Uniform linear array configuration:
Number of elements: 8
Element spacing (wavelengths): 0.75
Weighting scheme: kaiser
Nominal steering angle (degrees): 60
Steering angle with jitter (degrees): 58.841
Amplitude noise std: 0.05
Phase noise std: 0.05

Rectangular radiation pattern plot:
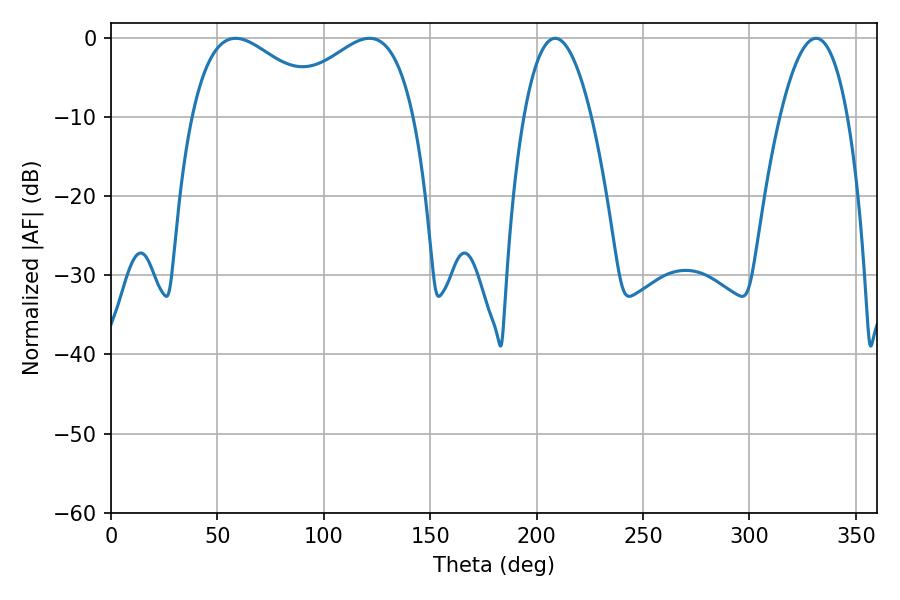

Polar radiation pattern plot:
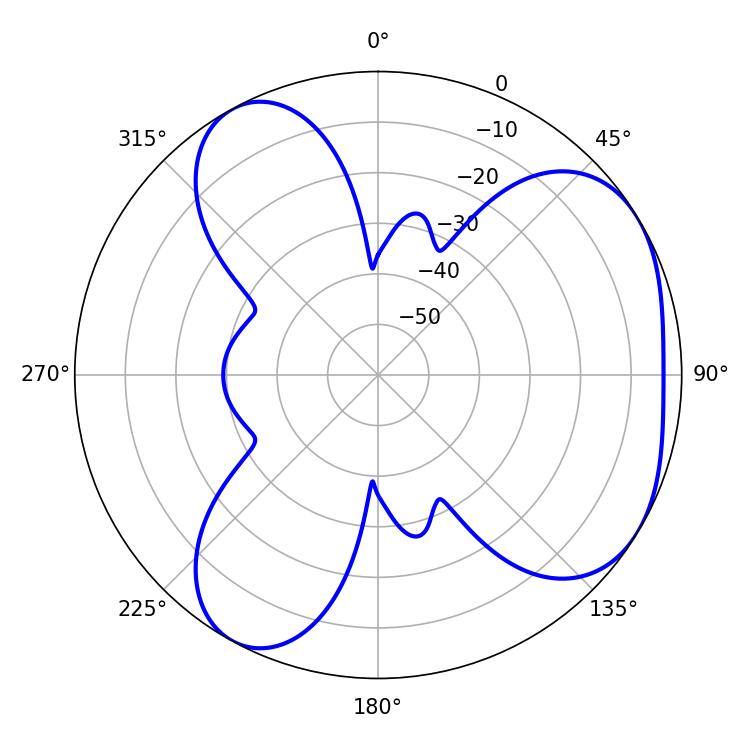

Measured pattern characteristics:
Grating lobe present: TRUE
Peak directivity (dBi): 4.43
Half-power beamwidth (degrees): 34.92
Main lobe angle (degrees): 58.5